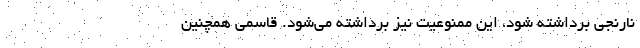
نارنجی برداشته شود، این ممنوعیت نیز برداشته می‌شود. قاسمی همچنین